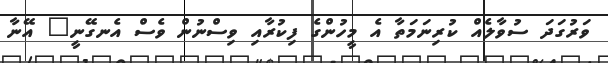
ވަރުގަދަ ސުވާލެއް ކުރިނަމަތާ އެ މީހުންގެ ފިކުރާއި ވިސްނުން ވެސް އެނގޭނީ" އޭނާ